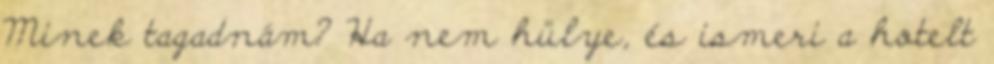
Minek tagadnám? Ha nem hülye, és ismeri a hotelt